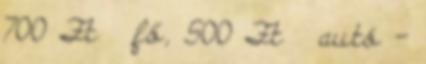
700 Ft fő, 500 Ft autó -